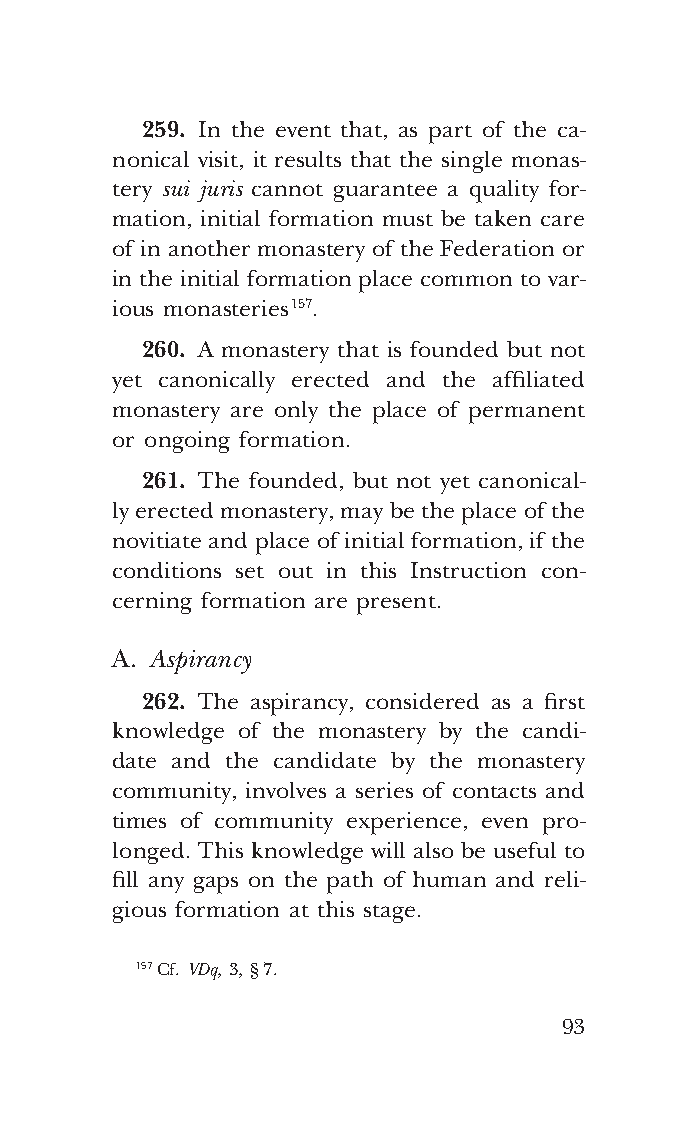
COR ORANS – NUOVO FORMATO – INGLESE 2ª BOZZA – 24 maggio 2018 – 11:12
 259. In the event that, as part of the ca-
 nonical visit, it results that the single monas-
 tery sui juris cannot guarantee a quality for-
 mation, initial formation must be taken care
 of in another monastery of the Federation or
 in the initial formation place common to var-
 ious monasteries 157.
 260. A monastery that is founded but not
 yet canonically erected and the affiliated
 monastery are only the place of permanent
 or ongoing formation.
 261. The founded, but not yet canonical-
 ly erected monastery, may be the place of the
 novitiate and place of initial formation, if the
 conditions set out in this Instruction con-
 cerning formation are present.
 A. Aspirancy
 262. The aspirancy, considered as a first
 knowledge of the monastery by the candi-
 date and the candidate by the monastery
 community, involves a series of contacts and
 times of community experience, even pro-
 longed. This knowledge will also be useful to
 fill any gaps on the path of human and reli-
 gious formation at this stage.
 157 Cf. VDq, 3, § 7.
 93